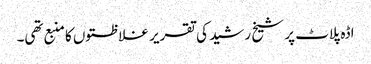
اڈہ پلاٹ پر شیخ رشید کی تقریر غلاظتوں کا منبع تھی۔